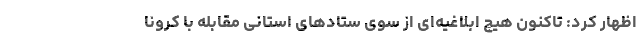
اظهار کرد: تاکنون هیچ ابلاغیه‌ای از سوی ستادهای استانی مقابله با کرونا